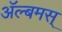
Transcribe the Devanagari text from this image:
अॅल्बमस्